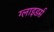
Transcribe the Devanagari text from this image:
ग्लाइडर्स